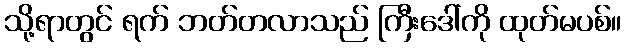
သို့ရာတွင် ရက် ဘတ်တလာသည် ကြီးဒေါ်ကို ထုတ်မပစ်။